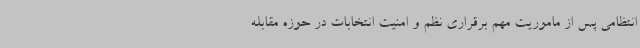
انتظامی پس از ماموریت مهم برقراری نظم و امنیت انتخابات در حوزه مقابله